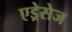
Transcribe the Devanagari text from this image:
एड्रेसेज